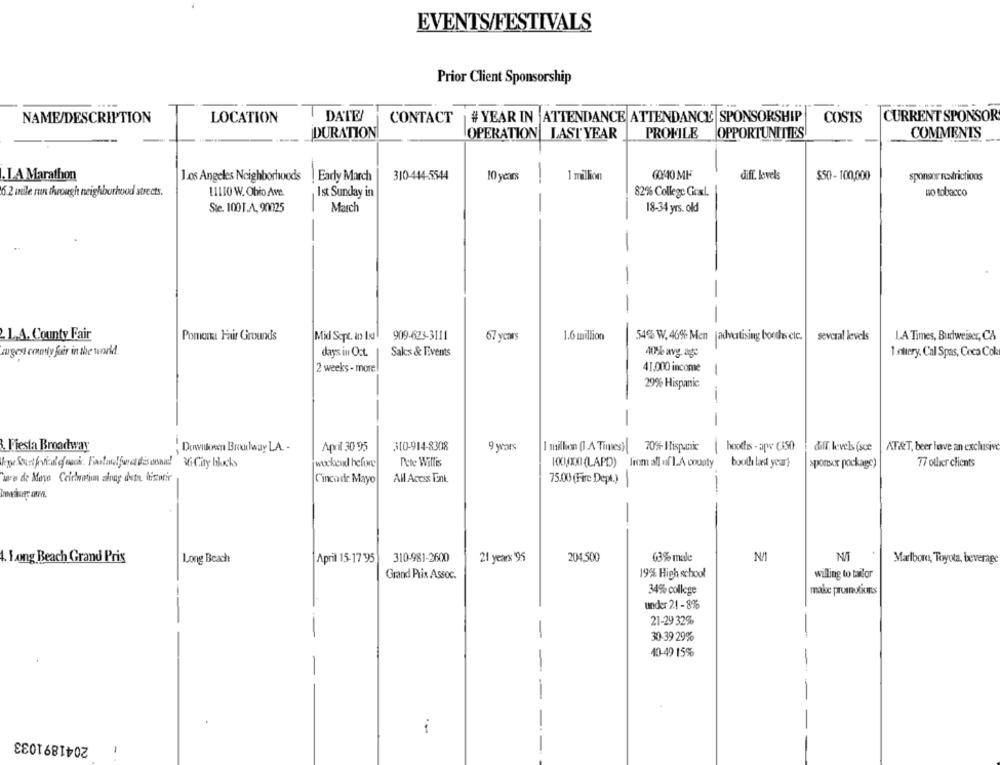
EVENTS/FESTIVALS
Prior Client Sponsorship
NAME/DESCRIPTION
LOCATION
DATEI
CONTACT
# YEAR IN ATTENDANCE ATTENDANCE SPONSORSHIP
COSTS
CURRENT SPONSOR
DURATION
OPERATION| LAST YEAR
PROFILE OPPORTUNITIES
COMMENTS
.I.A Marathon
Los Angeles Neighborhoods
310-444-5544
10 years
1 million
6040 MF
diff. levels
sponsor restrictions
Early March
$50 - 100,000
6.2 mile run through neighborhood streets.
11110 W. Ohio Ave.
Ist Sunday in
82% College Goal.
wo tobacco
March
Sie. 1001.A. 90025
18-34 yrs. old
-
-
-
21.A. County Fair
PORTIONEL Fair Grounds
Mid Sept. lo IxI
909-623-3111
67 years
1.6 million
54% W. 46% Men |advertising bordes clc.
several levels
LA Times, Budweiser, CA
mugest comly fuer in the world
days in Oct.
Sales & Events
1 .ottery. Cal Spas, Coca Cola
4% avy, age
2 weeks - more
41,000 income
29% Hispanic
-
--
& Fiesta Broadway
Downtown Brouway LA -
April 30 95
310-914-8308
9 years
1 million (I .A Times)| 70% Hispanic
boothis - aps (350
diff. levels (sce
AT &T, beer lowve an exclusive
weekend before
Pete Willis
100,000 (LAPD) from all of LA county bouthe last year)
>ponxx package)
77 ollier clients
ww de Mayo Cridwatim alrag dutu listorir
Cinco de Mayo
All Acess Ent.
75.00 (Fire Dept.)
-
4. Long Beach Grand Prix
Long Beach
April 15-17 95
310-981-2600
21 years 95
204,500
63% male
Marlbor, Toyota, beverage
19% High school
willing to tailor
Grand Prix Assoc.
34% college
make promotions
under 2.1 - 8%
21-29 32%
30-39 29%
40-49 15%
2041891033
i